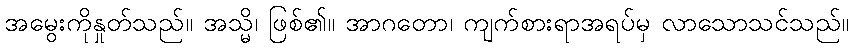
အမွေးကိုနှုတ်သည်။ အသ္မိ၊ ဖြစ်၏။ အာဂတော၊ ကျက်စားရာအရပ်မှ လာသောသင်သည်။